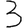
Digit: 3